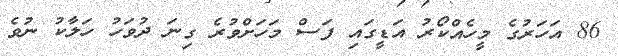
86 އަހަރުގެ މީހެއްކޯރު އަޑީގައި ފަސް މަހަށްވުރެ ގިނަ ދުވަހު ހަލާކު ނުވެ